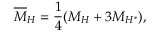
\overline { { { M } } } _ { H } = \frac { 1 } { 4 } ( M _ { H } + 3 M _ { H ^ { * } } ) ,